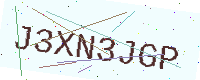
Text: J3XN3JGP